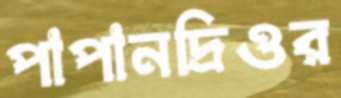
পাপানদ্রিওর